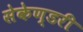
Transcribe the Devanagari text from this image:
सेकेण्‍डरी